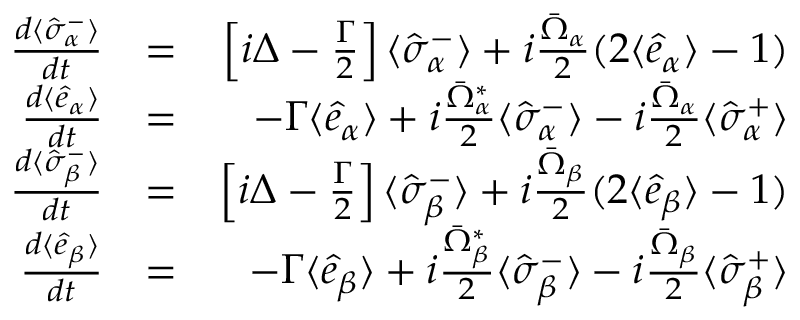
\begin{array} { r l r } { \frac { d \langle \hat { \sigma } _ { \alpha } ^ { - } \rangle } { d t } } & { = } & { \left[ i \Delta - \frac { \Gamma } { 2 } \right] \langle \hat { \sigma } _ { \alpha } ^ { - } \rangle + i \frac { \bar { \Omega } _ { \alpha } } { 2 } ( 2 \langle \hat { e } _ { \alpha } \rangle - 1 ) } \\ { \frac { d \langle \hat { e } _ { \alpha } \rangle } { d t } } & { = } & { - \Gamma \langle \hat { e } _ { \alpha } \rangle + i \frac { \bar { \Omega } _ { \alpha } ^ { * } } { 2 } \langle \hat { \sigma } _ { \alpha } ^ { - } \rangle - i \frac { \bar { \Omega } _ { \alpha } } { 2 } \langle \hat { \sigma } _ { \alpha } ^ { + } \rangle } \\ { \frac { d \langle \hat { \sigma } _ { \beta } ^ { - } \rangle } { d t } } & { = } & { \left[ i \Delta - \frac { \Gamma } { 2 } \right] \langle \hat { \sigma } _ { \beta } ^ { - } \rangle + i \frac { \bar { \Omega } _ { \beta } } { 2 } ( 2 \langle \hat { e } _ { \beta } \rangle - 1 ) } \\ { \frac { d \langle \hat { e } _ { \beta } \rangle } { d t } } & { = } & { - \Gamma \langle \hat { e } _ { \beta } \rangle + i \frac { \bar { \Omega } _ { \beta } ^ { * } } { 2 } \langle \hat { \sigma } _ { \beta } ^ { - } \rangle - i \frac { \bar { \Omega } _ { \beta } } { 2 } \langle \hat { \sigma } _ { \beta } ^ { + } \rangle } \end{array}